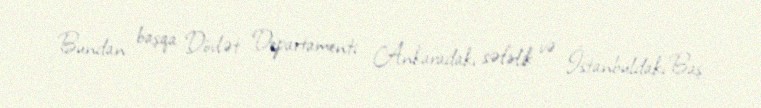
Bundan başqa Dövlət Departamenti Ankaradakı səfirlik və İstanbuldakı Baş